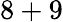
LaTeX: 8+9